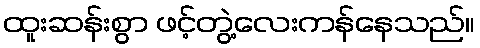
ထူးဆန်းစွာ ဖင့်တွဲ့လေးကန်နေသည်။